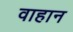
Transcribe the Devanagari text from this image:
वाहान